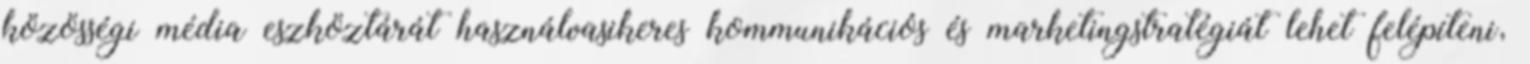
közösségi média eszköztárát használvasikeres kommunikációs és marketingstratégiát lehet felépíteni,